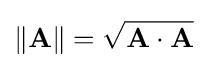
\|\mathbf {A} \|={\sqrt {\mathbf {A} \cdot \mathbf {A} }}